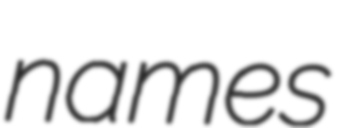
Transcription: names